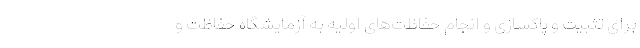
برای تثبیت و پاکسازی و انجام حفاظت‌های اولیه به آزمایشگاه حفاظت و